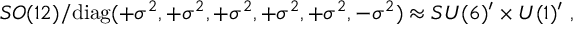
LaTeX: S O ( 1 2 ) / \mathrm { d i a g } ( + \sigma ^ { 2 } , + \sigma ^ { 2 } , + \sigma ^ { 2 } , + \sigma ^ { 2 } , + \sigma ^ { 2 } , - \sigma ^ { 2 } ) \approx S U ( 6 ) ^ { \prime } \times U ( 1 ) ^ { \prime } ~ , ~ \,